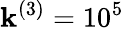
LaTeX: \mathbf{k}^{(3)}=10^{5}